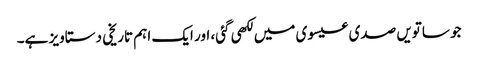
جو ساتویں صدی عیسوی میں لکھی گئی، اور ایک اہم تاریخی دستاویز ہے۔